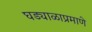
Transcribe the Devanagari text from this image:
घड्याळाप्रमाणे